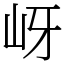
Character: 岈